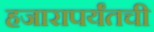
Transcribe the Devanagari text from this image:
हजारापर्यंतची